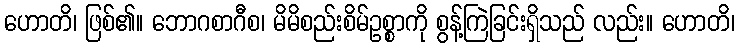
ဟောတိ၊ ဖြစ်၏။ ဘောဂစာဂီစ၊ မိမိစည်းစိမ်ဥစ္စာကို စွန့်ကြဲခြင်းရှိသည် လည်း။ ဟောတိ၊